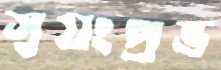
স্বয়ংপ্রভ